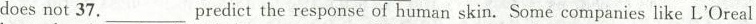
does not 37._Predict the response of human skin. Some companies like L'Oreal